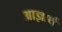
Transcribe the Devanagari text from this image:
आज्ञार्थ